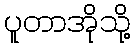
ပူတာအိုသို့